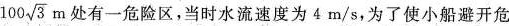
从这里向下游 100 \sqrt{3} m处有一危险区，当时水流速度为4m/s，为了使小船避开危